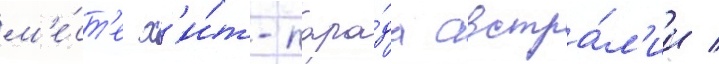
м'е́ст'е х'и́т-пара́да австра́л'ии /